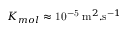
K _ { m o l } \approx \mathrm { 1 0 ^ { - 5 } } \; \mathrm { m } ^ { 2 } . \mathrm { s } ^ { - 1 }